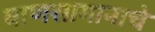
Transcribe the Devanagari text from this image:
वाणसामानाचे